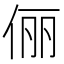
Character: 俪